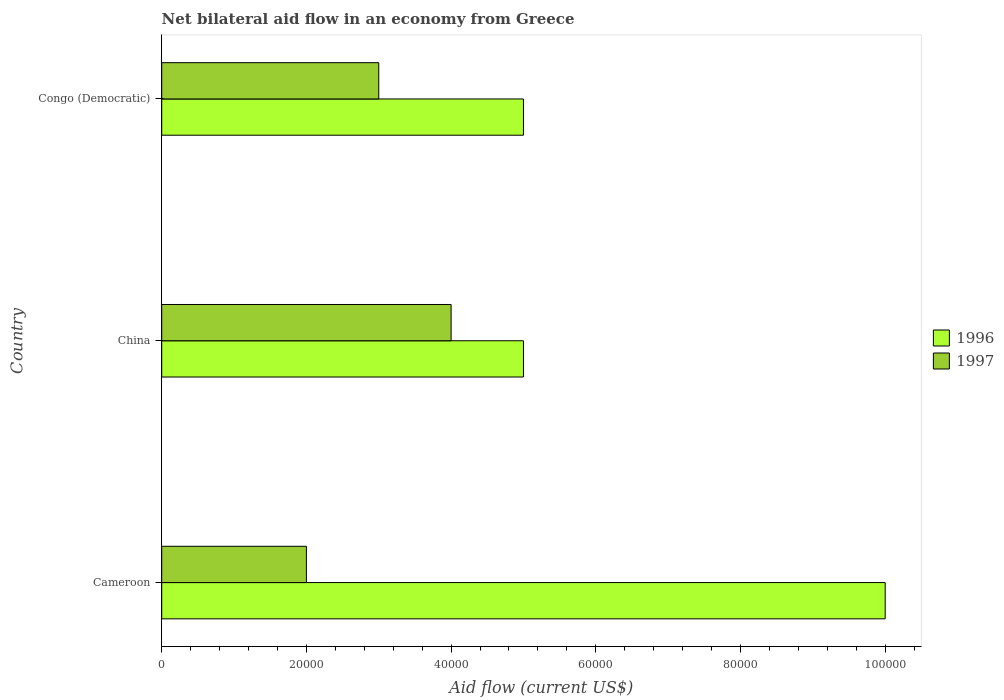
| Country | 1996 | 1997 |
 | --- | --- | --- |
 | Cameroon | 1e+05 | 2e+04 |
 | China | 5e+04 | 4e+04 |
 | Congo (Democratic) | 5e+04 | 3e+04 |